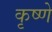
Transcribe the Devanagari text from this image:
कृष्णे